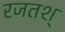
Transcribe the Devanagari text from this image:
रजतश्